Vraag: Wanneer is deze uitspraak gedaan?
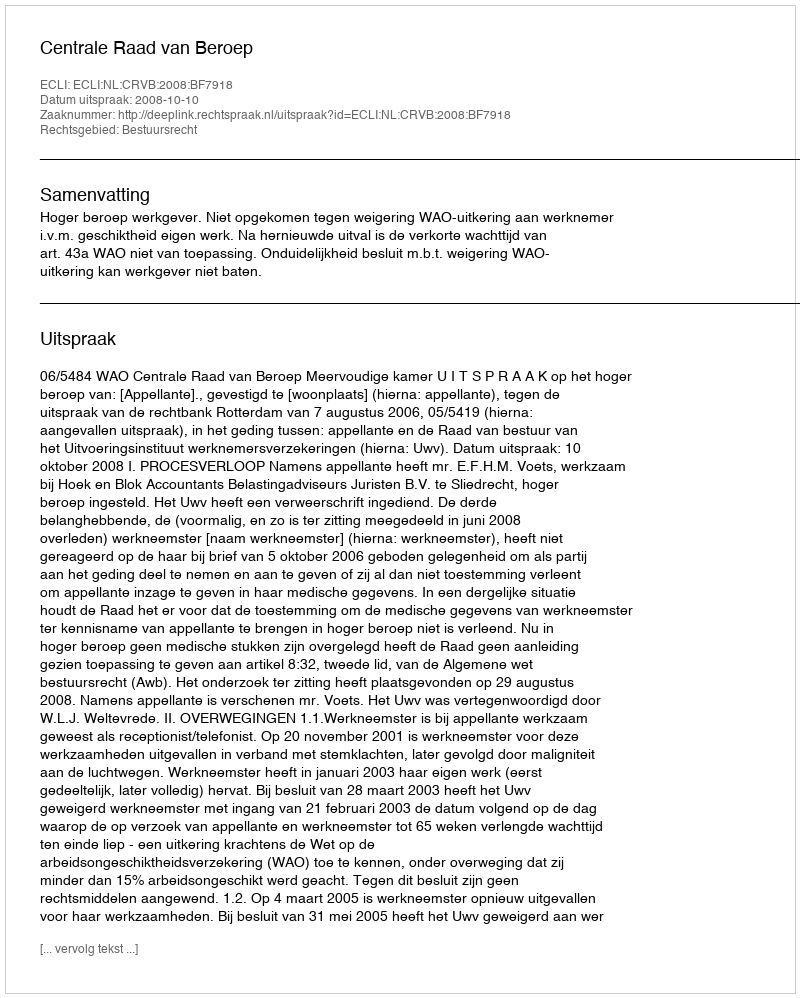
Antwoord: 2008-10-10